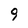
Character: 9